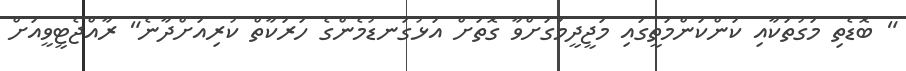
" ބޮޑެތި މަގުތަކާއި ކަންކަންމަތީގައި މަޖީދީމަގަށްވާ ގޮތަށް އަޅުގަނޑުމެންގެ ހަރަކާތް ކުރިއަށްދާނެ" ރާއްޖެޓީވީއަށް